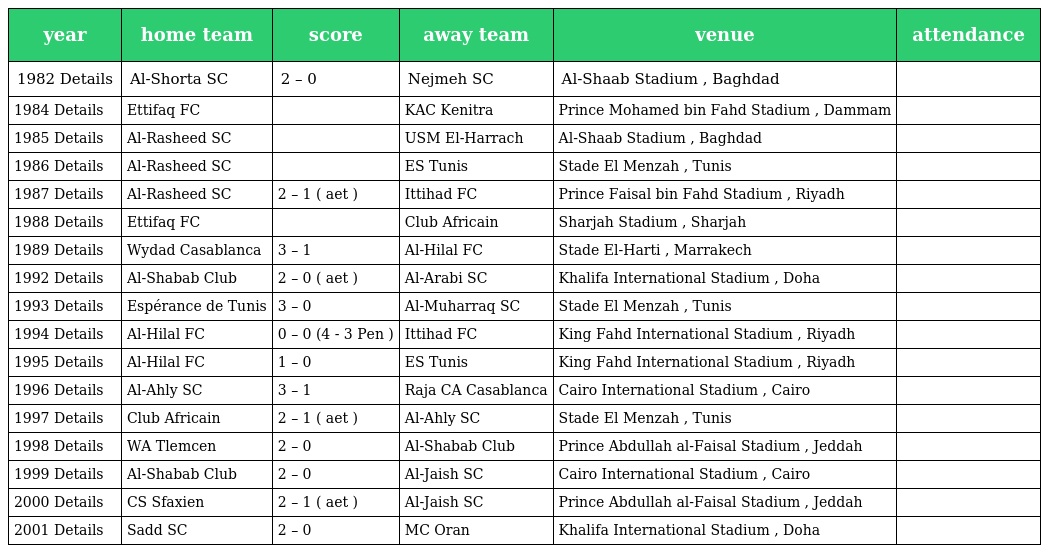
| year | home team | score | away team | venue | attendance |
 | --- | --- | --- | --- | --- | --- |
 | 1982 Details | Al-Shorta SC | 2 – 0 | Nejmeh SC | Al-Shaab Stadium , Baghdad |  |
 | 1984 Details | Ettifaq FC |  | KAC Kenitra | Prince Mohamed bin Fahd Stadium , Dammam |  |
 | 1985 Details | Al-Rasheed SC |  | USM El-Harrach | Al-Shaab Stadium , Baghdad |  |
 | 1986 Details | Al-Rasheed SC |  | ES Tunis | Stade El Menzah , Tunis |  |
 | 1987 Details | Al-Rasheed SC | 2 – 1 ( aet ) | Ittihad FC | Prince Faisal bin Fahd Stadium , Riyadh |  |
 | 1988 Details | Ettifaq FC |  | Club Africain | Sharjah Stadium , Sharjah |  |
 | 1989 Details | Wydad Casablanca | 3 – 1 | Al-Hilal FC | Stade El-Harti , Marrakech |  |
 | 1992 Details | Al-Shabab Club | 2 – 0 ( aet ) | Al-Arabi SC | Khalifa International Stadium , Doha |  |
 | 1993 Details | Espérance de Tunis | 3 – 0 | Al-Muharraq SC | Stade El Menzah , Tunis |  |
 | 1994 Details | Al-Hilal FC | 0 – 0 (4 - 3 Pen ) | Ittihad FC | King Fahd International Stadium , Riyadh |  |
 | 1995 Details | Al-Hilal FC | 1 – 0 | ES Tunis | King Fahd International Stadium , Riyadh |  |
 | 1996 Details | Al-Ahly SC | 3 – 1 | Raja CA Casablanca | Cairo International Stadium , Cairo |  |
 | 1997 Details | Club Africain | 2 – 1 ( aet ) | Al-Ahly SC | Stade El Menzah , Tunis |  |
 | 1998 Details | WA Tlemcen | 2 – 0 | Al-Shabab Club | Prince Abdullah al-Faisal Stadium , Jeddah |  |
 | 1999 Details | Al-Shabab Club | 2 – 0 | Al-Jaish SC | Cairo International Stadium , Cairo |  |
 | 2000 Details | CS Sfaxien | 2 – 1 ( aet ) | Al-Jaish SC | Prince Abdullah al-Faisal Stadium , Jeddah |  |
 | 2001 Details | Sadd SC | 2 – 0 | MC Oran | Khalifa International Stadium , Doha |  |